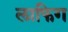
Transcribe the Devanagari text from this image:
लाफिग